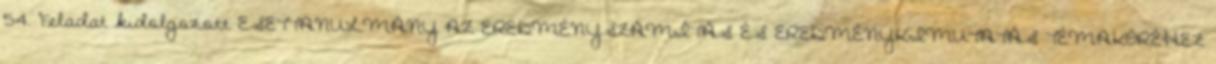
54. Feladat kidolgozott ESETTANULMÁNY AZ EREDMÉNYSZÁMÍTÁS ÉS EREDMÉNYKIMUTATÁS TÉMAKÖRÉHEZ